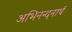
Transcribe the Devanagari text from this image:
अभिनन्दनार्थ